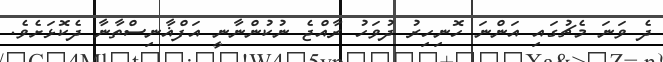
ދެ ވަނަ މެޗުގައި އަންނަ ހޮނިހިރު ދުވަހު ރާއްޖެ ނުކުންނާނީ އަފްޣާނިސްތާނާ ދެކޮޅަށެވެ.